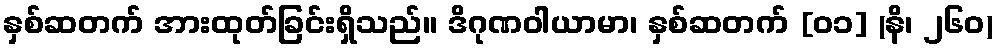
နှစ်ဆတက် အားထုတ်ခြင်းရှိသည်။ ဒိဂုဏဝါယာမာ၊ နှစ်ဆတက် [၀၁] (နိ၊ ၂၆၀)